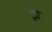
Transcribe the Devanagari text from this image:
ड़ा